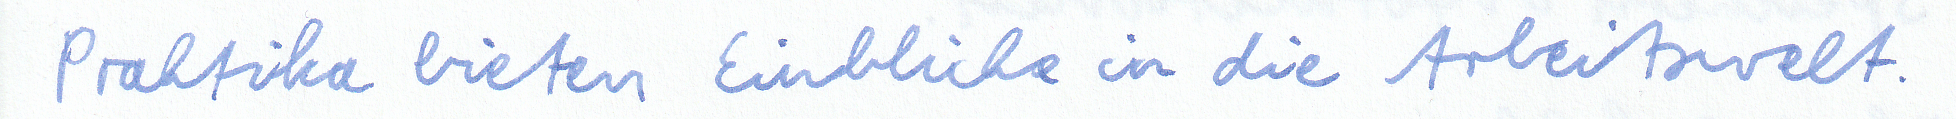
Praktika bieten Einblicke in die Arbeitswelt.